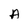
Character: A